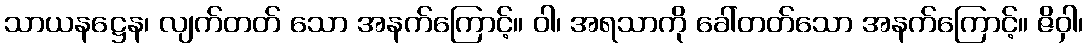
သာယနဋ္ဌေန၊ လျက်တတ် သော အနက်ကြောင့်။ ဝါ၊ အရသာကို ခေါ်တတ်သော အနက်ကြောင့်။ ဇိဝှါ၊